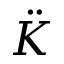
\ddot { K }